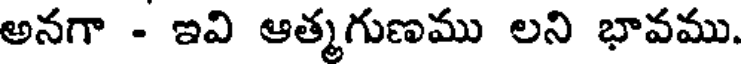
అనగా - ఇవి ఆత్మగుణము లని భావము.